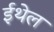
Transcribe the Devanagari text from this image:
ईथेल